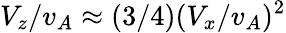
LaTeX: V_{z}/v_{A}\approx(3/4)(V_{x}/v_{A})^{2}